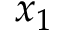
x _ { 1 }